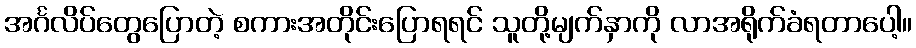
အင်္ဂလိပ်တွေပြောတဲ့ စကားအတိုင်းပြောရရင် သူတို့မျက်နှာကို လာအရိုက်ခံရတာပေါ့။